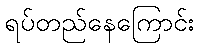
ရပ်တည်နေကြောင်း